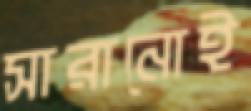
সারানোই